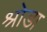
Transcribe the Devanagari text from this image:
श्रोडा